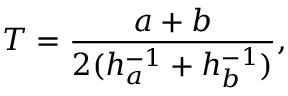
T = { \frac { a + b } { 2 ( h _ { a } ^ { - 1 } + h _ { b } ^ { - 1 } ) } } ,